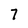
Character: 7